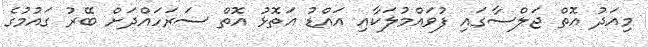
މިއަދު އޮތް ޖަލްސާގައި ފުވައްމުލަކާއި އައްޑު އަތޮޅު އޮތް ސަރަހައްދަށް ބޭރު ގައުމުގެ